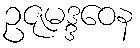
ဥဇုမဒ္ဒဝေန